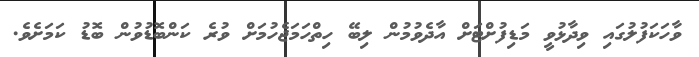
ވާހަކަފުލުގައި ވިދާޅުވީ މަޑިފުށްޓަށް އާދެވުމުން ލިބޭ ހިތްހަމަޖެހުމަށް ވުރެ ކަންބޮޑުވުން ބޮޑު ކަމަށެވެ.